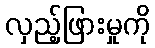
လှည့်ဖြားမှုကို